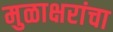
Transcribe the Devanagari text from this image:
मुळाक्षरांचा